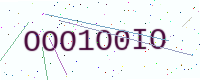
Text: OOO1O0IO